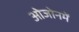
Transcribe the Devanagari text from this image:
ओजोनमें